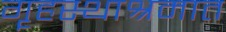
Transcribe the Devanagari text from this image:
गॄहस्थाश्रमात